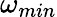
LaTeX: \omega_{min}